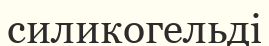
силикогельді